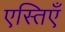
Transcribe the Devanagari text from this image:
एस्तिएँ